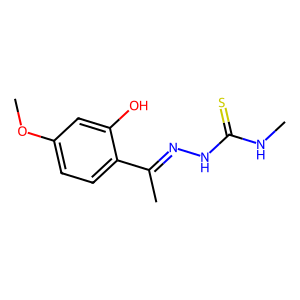
SMILES: CNC(=S)NN=C(C)c1ccc(OC)cc1O
Inhibits HIV replication: No